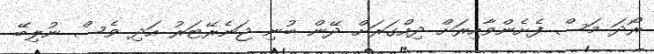
ރޯދަ މަސް ފެށެންވާއިރަށް ދިއްގަރަށް ދޭން ބުނި ޖަނެރޭޓަރު އަދި ވެސް ނުލިބޭ